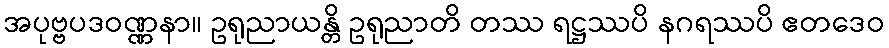
အပုဗ္ဗပဒဝဏ္ဏနာ။ ဥရုညာယန္တိ ဥရုညာတိ တဿ ရဋ္ဌဿပိ နဂရဿပိ ဧတဒေဝ